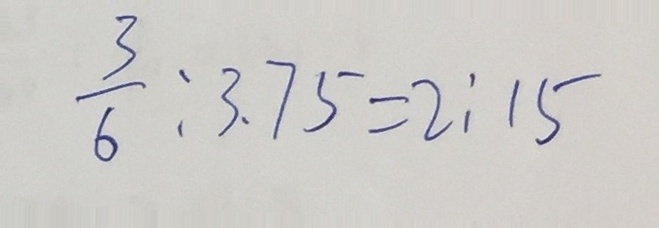
\frac { 3 } { 6 } : 3 . 7 5 = 2 : 1 5